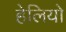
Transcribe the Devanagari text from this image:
हेलियो